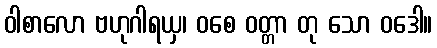
ဝါစာလော ဗဟုဂါရယှ၊ ဝစေ ဝတ္တာ တု သော ဝဒေါ။